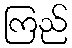
ကြည်